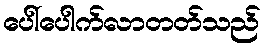
ပေါ်ပေါက်လာတတ်သည်